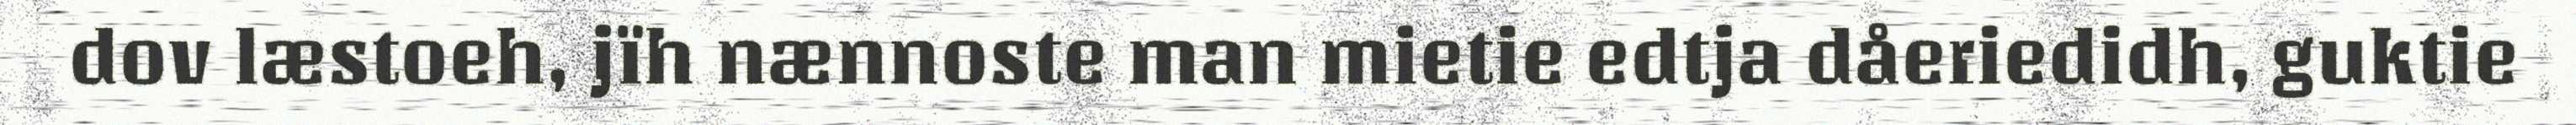
dov læstoeh, jïh nænnoste man mietie edtja dåeriedidh, guktie